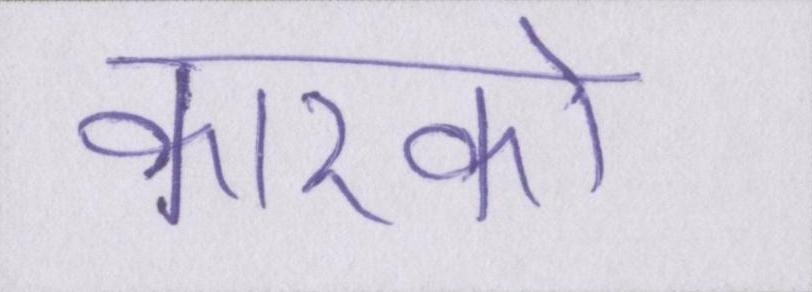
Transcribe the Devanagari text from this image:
कारको